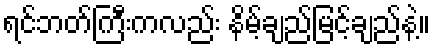
ရင်ဘတ်ကြီးကလည်း နိမ့်ချည်မြင့်ချည်နဲ့။